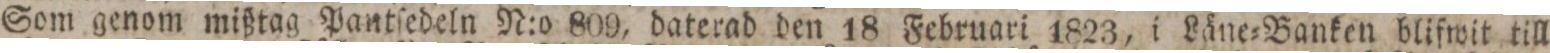
Som genom mißtag Pantſedeln N:o 809, daterad den 18 Februari 1823, i Läne=Banken blifwit till